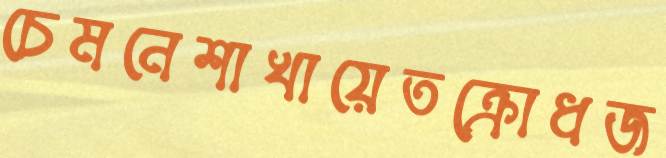
চেমনেশাখায়েতক্রোধজ